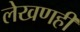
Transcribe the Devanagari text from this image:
लेखणही